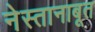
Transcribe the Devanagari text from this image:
नेस्तानाबूत